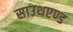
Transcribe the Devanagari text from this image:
साउथएण्ड